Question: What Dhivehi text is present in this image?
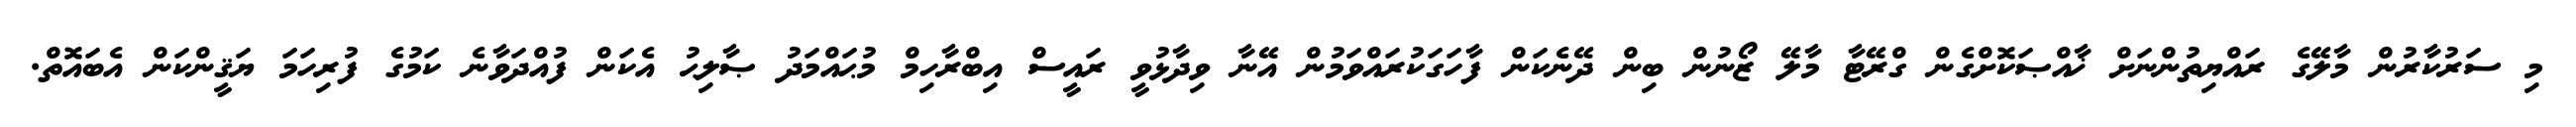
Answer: މި ސަރުކާރުން މާލޭގެ ރައްޔިތުންނަށް ޚާއްޞަކޮށްގެން ގްރޭޓާ މާލޭ ޒޯނުން ބިން ދޭނެކަން ފާހަގަކުރައްވަމުން އޭނާ ވިދާޅުވީ ރައީސް އިބްރާހިމް މުޙައްމަދު ޞާލިޙު އެކަން ފުއްދަވާނެ ކަމުގެ ފުރިހަމަ ޔަޤީންކަން އެބައޮތް.